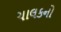
ચાલકનો